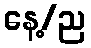
နေ့/ည